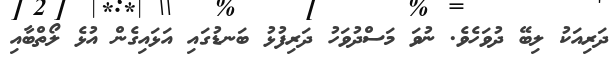
ދަރިއަކު ލިބޭ ދުވަހެވެ. ނުވަ މަސްދުވަހު ދަރިފުޅު ބަނޑުގައި އަޅައިގެން އުޅެ ލޯތްބާއި